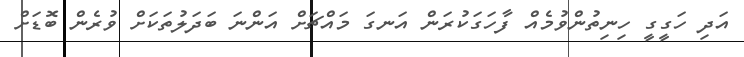
އަދި ހަގީގީ ހިނިތުންވުމެއް ފާހަގަކުރަން އަނގަ މައްޗަށް އަންނަ ބަދަލުތަކަށް ވުރެން ބޮޑަށް